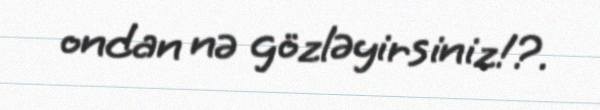
ondan nə gözləyirsiniz!?.